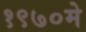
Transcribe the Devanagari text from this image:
१९७०मे